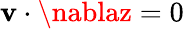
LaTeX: \boldsymbol{\mathbf{v}}\cdot\nablaz=0